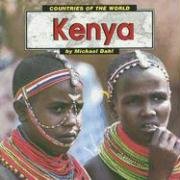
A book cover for Kenya (Countries of the World); Michael Dahl; Travel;